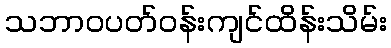
သဘာဝပတ်ဝန်းကျင်ထိန်းသိမ်း